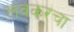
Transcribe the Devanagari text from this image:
लवकरचा